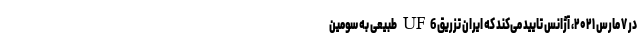
در ۷ مارس ۲۰۲۱، آژانس تایید می‌کند که ایران تزریق UF6 طبیعی به سومین